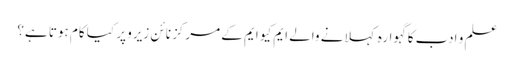
علم و ادب کا گہوارہ کہلانے والے ایم کیو ایم کے مرکز نائن زیرو پر کیا کام ہوتا ہے؟